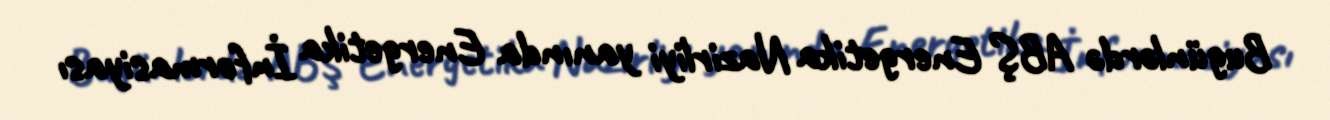
Bugünlərdə ABŞ Energetika Nazirliyi yanında Energetika İnformasiyası